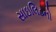
સાઇલિડનો